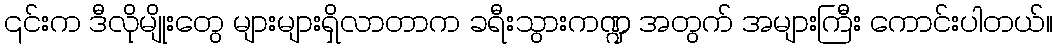
၎င်းက ဒီလိုမျိုးတွေ များများရှိလာတာက ခရီးသွားကဏ္ဍ အတွက် အများကြီး ကောင်းပါတယ်။